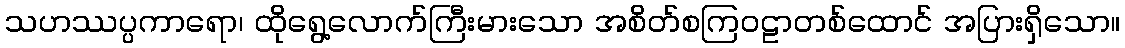
သဟဿပ္ပကာရော၊ ထိုရွေ့လောက်ကြီးမားသော အစိတ်စကြဝဠာတစ်ထောင် အပြားရှိသော။